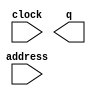
module player1 (
	address,
	clock,
	q);

	input	[10:0]  address;
	input	  clock;
	output	[2:0]  q;
`ifndef ALTERA_RESERVED_QIS
// synopsys translate_off
`endif
	tri1	  clock;
`ifndef ALTERA_RESERVED_QIS
// synopsys translate_on
`endif

endmodule